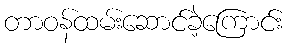
တာဝန်ထမ်းဆောင်ခဲ့ကြောင်း